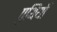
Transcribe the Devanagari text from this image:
पुथियाँ